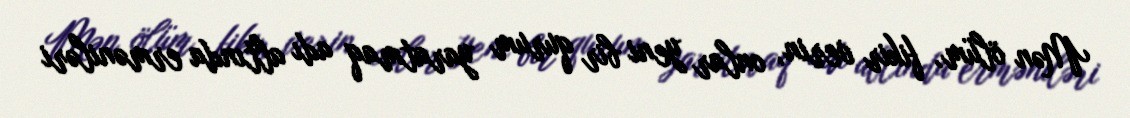
Mən ölüm, fikir verin, onlar yeni bir qurum yaratmaq adı altında erməniləri